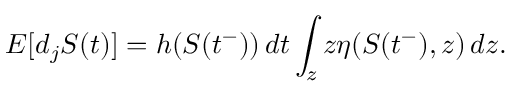
E [ d _ { j } S ( t ) ] = h ( S ( t ^ { - } ) ) \, d t \int _ { z } z \eta ( S ( t ^ { - } ) , z ) \, d z .